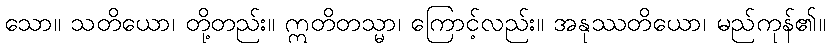
သော။ သတိယော၊ တို့တည်း။ ဣတိတသ္မာ၊ ကြောင့်လည်း။ အနုဿတိယော၊ မည်ကုန်၏။